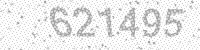
Solution: 621495